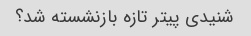
شنیدی پیتر تازه بازنشسته شد؟